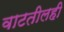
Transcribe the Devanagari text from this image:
वाटतीलही